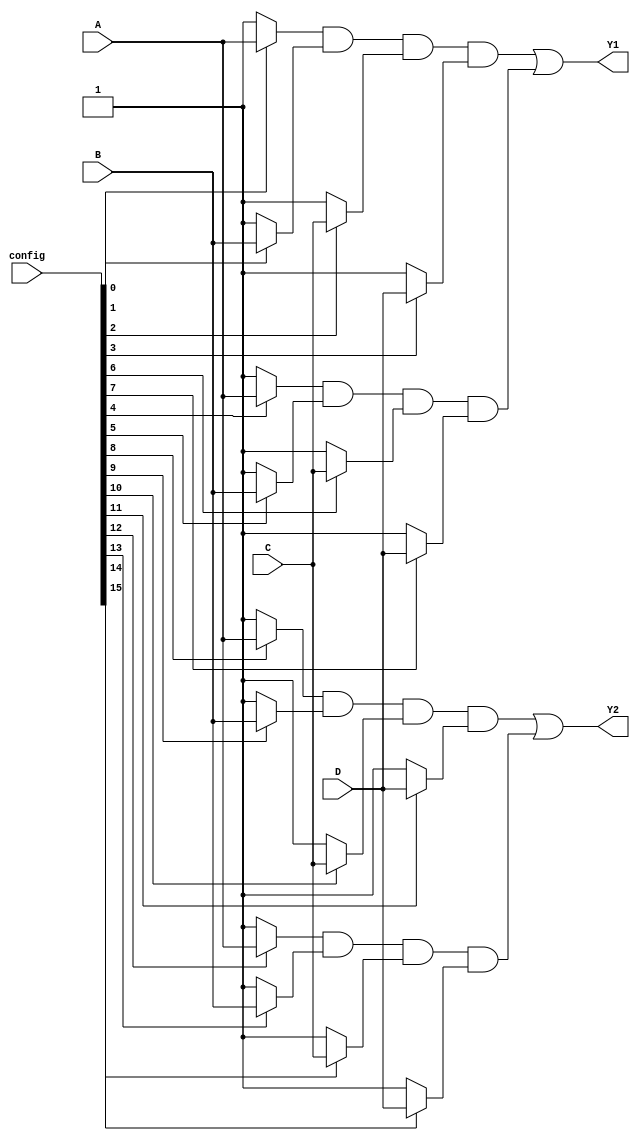
module SPAL (
    input wire A, B, C, D,   // Input signals
    input wire [15:0] config, // Configuration for programmable AND gates
    output wire Y1, Y2       // Output signals
);

// Programmable AND Array
wire [3:0] and_out; // Outputs from the AND gates

// AND Gate Configurations
assign and_out[0] = (config[0] ? A : 1'b1) & (config[1] ? B : 1'b1) & (config[2] ? C : 1'b1) & (config[3] ? D : 1'b1);
assign and_out[1] = (config[4] ? A : 1'b1) & (config[5] ? B : 1'b1) & (config[6] ? C : 1'b1) & (config[7] ? D : 1'b1);
assign and_out[2] = (config[8] ? A : 1'b1) & (config[9] ? B : 1'b1) & (config[10] ? C : 1'b1) & (config[11] ? D : 1'b1);
assign and_out[3] = (config[12] ? A : 1'b1) & (config[13] ? B : 1'b1) & (config[14] ? C : 1'b1) & (config[15] ? D : 1'b1);

// Fixed OR Array
assign Y1 = and_out[0] | and_out[1]; // OR gate 1
assign Y2 = and_out[2] | and_out[3]; // OR gate 2

endmodule